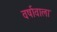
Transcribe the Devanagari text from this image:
वर्षावाला